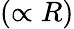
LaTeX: (\propto R)